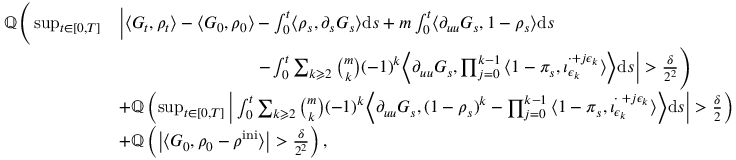
\begin{array} { r l } { \mathbb { Q } \Bigg ( \operatorname* { s u p } _ { t \in [ 0 , T ] } } & { \bigg | \langle G _ { t } , \rho _ { t } \rangle - \langle G _ { 0 } , \rho _ { 0 } \rangle - \int _ { 0 } ^ { t } \langle \rho _ { s } , \partial _ { s } G _ { s } \rangle \mathrm { d } s + m \int _ { 0 } ^ { t } \langle \partial _ { u u } G _ { s } , 1 - \rho _ { s } \rangle \mathrm { d } s } \\ & { \qquad \qquad \qquad \qquad - \int _ { 0 } ^ { t } \sum _ { k \geqslant 2 } \binom { m } { k } ( - 1 ) ^ { k } \Big \langle \partial _ { u u } G _ { s } , \prod _ { j = 0 } ^ { k - 1 } \big \langle 1 - \pi _ { s } , { \iota } _ { \epsilon _ { k } } ^ { \cdot + j \epsilon _ { k } } \big \rangle \Big \rangle \mathrm { d } s \bigg | > \frac { \delta } { 2 ^ { 2 } } \Bigg ) } \\ & { + \mathbb { Q } \left( \operatorname* { s u p } _ { t \in [ 0 , T ] } \bigg | \int _ { 0 } ^ { t } \sum _ { k \geqslant 2 } \binom { m } { k } ( - 1 ) ^ { k } \Big \langle \partial _ { u u } G _ { s } , ( 1 - \rho _ { s } ) ^ { k } - \prod _ { j = 0 } ^ { k - 1 } \big \langle 1 - \pi _ { s } , { \iota } _ { \epsilon _ { k } } ^ { \cdot \; + j \epsilon _ { k } } \big \rangle \Big \rangle \mathrm { d } s \bigg | > \frac { \delta } { 2 } \right) } \\ & { + \mathbb { Q } \left( \big | \langle G _ { 0 } , \rho _ { 0 } - \rho ^ { \mathrm { i n i } } \rangle \big | > \frac { \delta } { 2 ^ { 2 } } \right) , } \end{array}